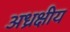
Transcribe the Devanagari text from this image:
अध्रक्षीय